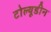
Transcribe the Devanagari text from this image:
टोल्यूडीन